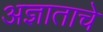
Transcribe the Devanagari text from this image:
अज्ञाताचे